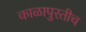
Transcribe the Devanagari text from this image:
काळापुरतीच